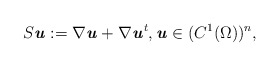
\begin{align*} S\textbf{\textit{u}}:=\nabla \textbf{\textit{u}} + \nabla \textbf{\textit{u}}^t, \textbf{\textit{u}} \in (C^1(\Omega))^n,\end{align*}